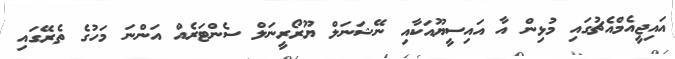
އައިޖީއެމްއެޗުގައި މުޅިން އާ އައިސީޔޫއަކާއި ނޭޝަނަލް ޔޫރޯރީނަލް ސެންޓަރެއް އަންނަ މަހުގެ ތެރޭގައި